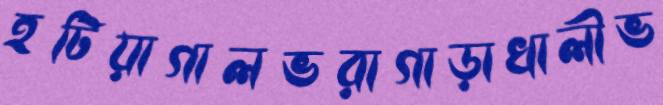
হটিয়াগালভরাগাড়াখালীভ